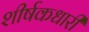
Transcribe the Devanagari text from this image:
शीर्षकधारी